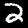
Digit: 2